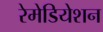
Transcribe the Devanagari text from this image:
रेमेडियेशन